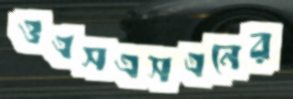
ওএসএসএনের